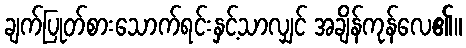
ချက်ပြုတ်စားသောက်ရင်းနှင့်သာလျှင် အချိန်ကုန်လေ၏။